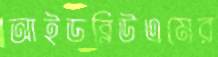
আইডব্লিউএমের